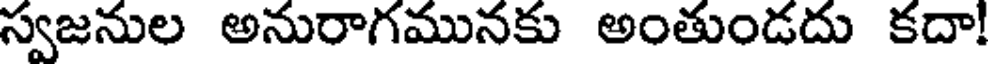
స్వజనుల అనురాగమునకు అంతుండదు కదా!